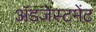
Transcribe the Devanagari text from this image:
ॲडजेस्टमेंट